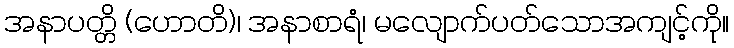
အနာပတ္တိ (ဟောတိ)၊ အနာစာရံ၊ မလျောက်ပတ်သောအကျင့်ကို။